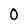
Character: 0